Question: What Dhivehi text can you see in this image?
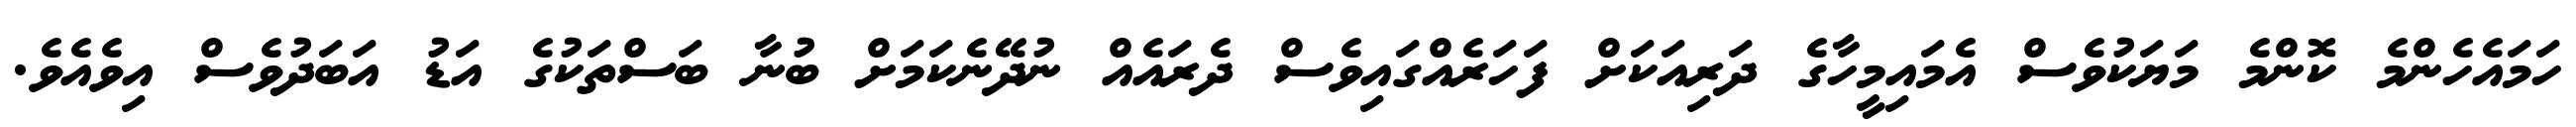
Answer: ހަމައެހެންމެ ކޮންމެ މަޔަކުވެސް އެމައިމީހާގެ ދަރިއަކަށް ފަހަރެއްގައިވެސް ދެރައެއް ނުދޭނެކަމަށް ބުނާ ބަސްތަކުގެ އަޑު އަބަދުވެސް އިވެއެވެ.